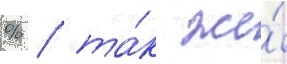
% / та́к же́